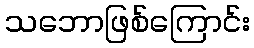
သဘောဖြစ်ကြောင်း